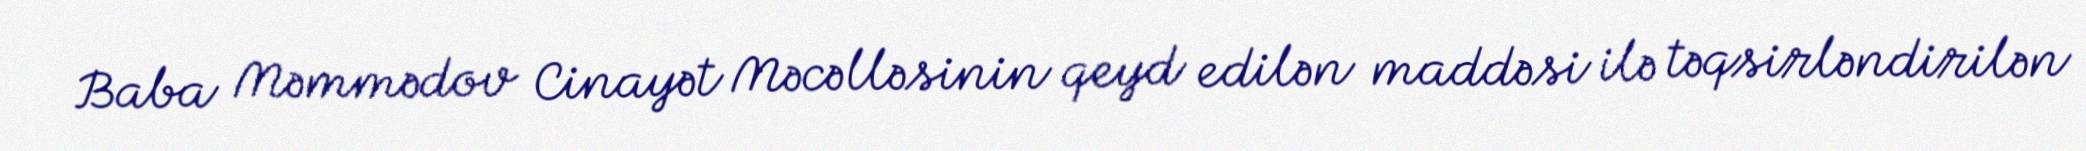
Baba Məmmədov Cinayət Məcəlləsinin qeyd edilən maddəsi ilə təqsirləndirilən